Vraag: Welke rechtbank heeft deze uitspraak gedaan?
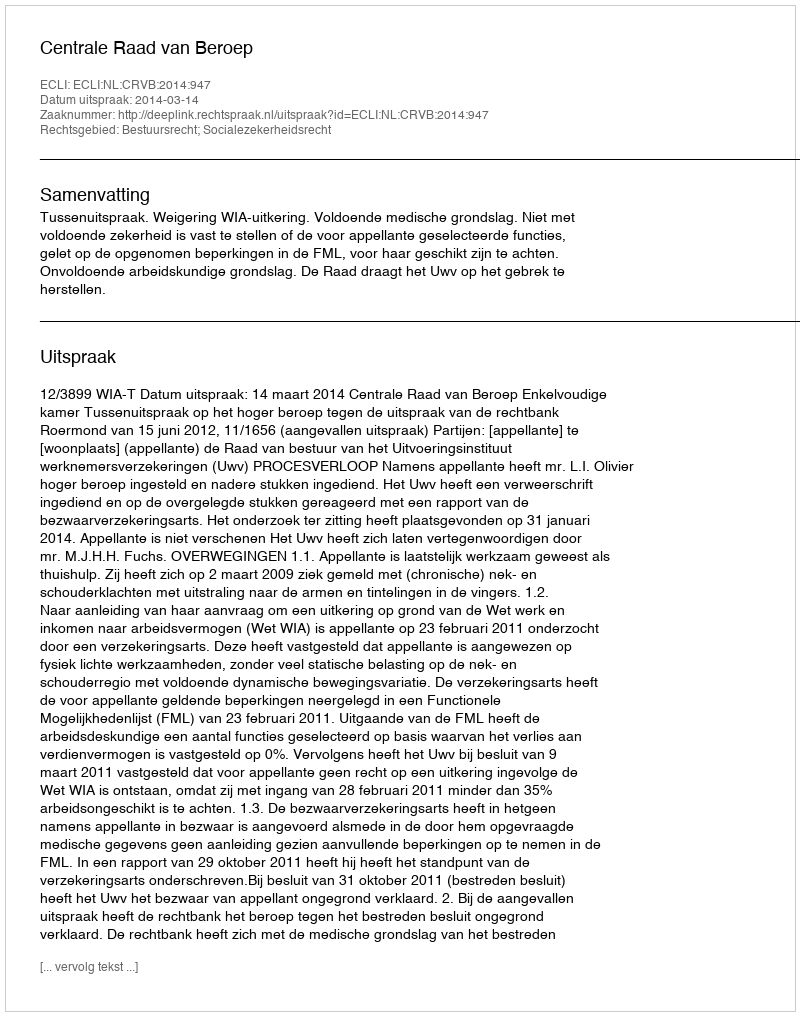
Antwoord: Centrale Raad van Beroep